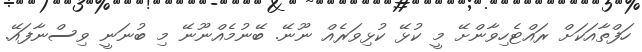
ހަފްތާއަކަށް ރައްޓެހިވާންށޭ މީ ކުޅޭ ކުޅިވަރެއް ނޫނޭ. ބޭނުމެއްނޫނޭ މި ބުނަނީ ވިސްނާފައޭ.